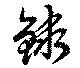
銶